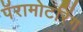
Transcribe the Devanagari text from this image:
पॅरामोटरिंग